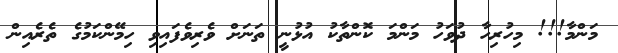
މަންމާ!!! މިހުރިހާ ދުވަހު މަންމަ ކޮންތާކު އުޅުނީ ތަނަށް ވެރިވެފައިވި ހިމޭންކަމުގެ ތެރެއިން